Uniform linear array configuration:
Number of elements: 12
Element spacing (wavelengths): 1
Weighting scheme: cosine
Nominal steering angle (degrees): -60
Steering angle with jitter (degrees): -60.475
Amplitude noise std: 0.05
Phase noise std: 0.05

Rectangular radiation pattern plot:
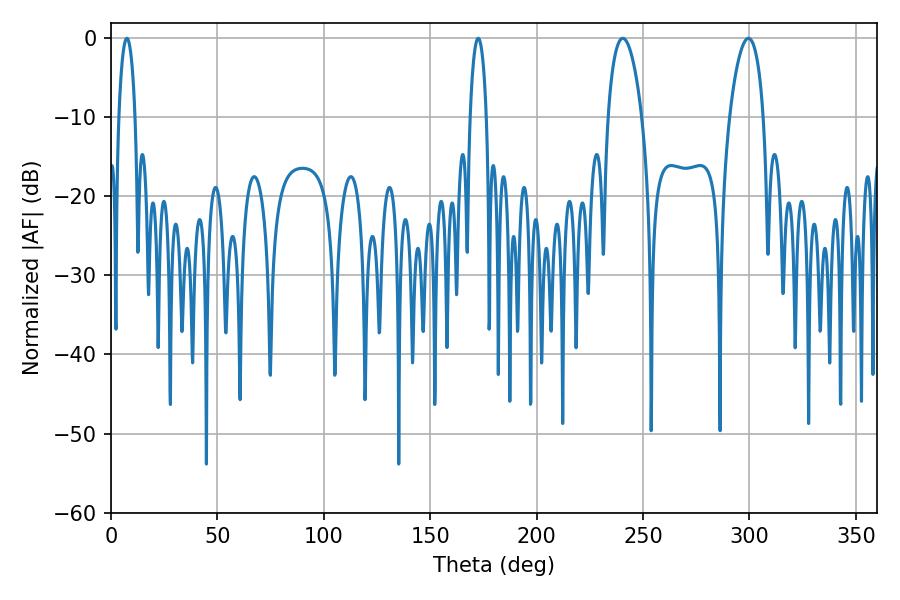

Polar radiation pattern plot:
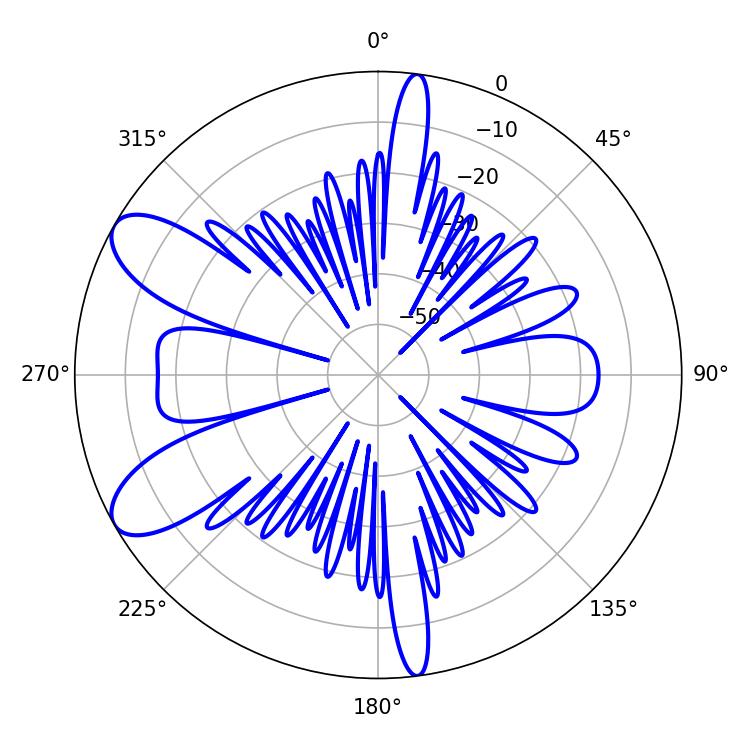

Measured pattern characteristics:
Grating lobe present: TRUE
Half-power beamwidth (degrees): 9
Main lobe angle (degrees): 240.48